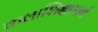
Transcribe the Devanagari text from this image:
कलाशिक्षणार्थ